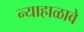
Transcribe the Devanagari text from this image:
न्याहाळावे